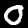
Label: 0